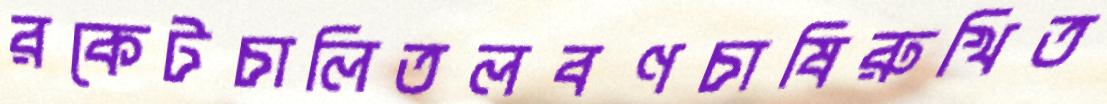
রকেটচালিতলবণচাষিরুখিত